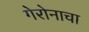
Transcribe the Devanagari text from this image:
गेरोनाचा